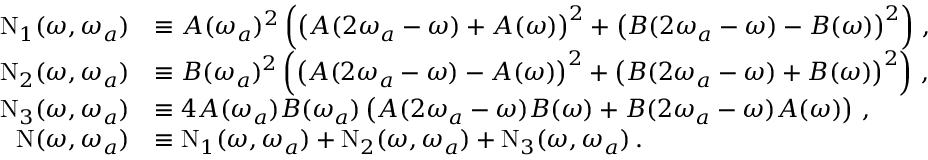
\begin{array} { r l } { \mathrm { N } _ { 1 } ( \omega , \omega _ { a } ) } & { \equiv A ( \omega _ { a } ) ^ { 2 } \left( \left( A ( 2 \omega _ { a } - \omega ) + A ( \omega ) \right) ^ { 2 } + \left( B ( 2 \omega _ { a } - \omega ) - B ( \omega ) \right) ^ { 2 } \right) \, , } \\ { \mathrm { N } _ { 2 } ( \omega , \omega _ { a } ) } & { \equiv B ( \omega _ { a } ) ^ { 2 } \left( \left( A ( 2 \omega _ { a } - \omega ) - A ( \omega ) \right) ^ { 2 } + \left( B ( 2 \omega _ { a } - \omega ) + B ( \omega ) \right) ^ { 2 } \right) \, , } \\ { \mathrm { N } _ { 3 } ( \omega , \omega _ { a } ) } & { \equiv 4 A ( \omega _ { a } ) B ( \omega _ { a } ) \left( A ( 2 \omega _ { a } - \omega ) B ( \omega ) + B ( 2 \omega _ { a } - \omega ) A ( \omega ) \right) \, , } \\ { \mathrm { N } ( \omega , \omega _ { a } ) } & { \equiv \mathrm { N } _ { 1 } ( \omega , \omega _ { a } ) + \mathrm { N } _ { 2 } ( \omega , \omega _ { a } ) + \mathrm { N } _ { 3 } ( \omega , \omega _ { a } ) \, . } \end{array}